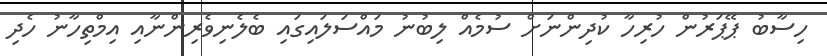
ހިސާބު ޕޭޕަރުން ހުރިހާ ކުދިންނަށް ސުމެއް ލިބުނު މައްސަލައިގައި ބެލެނިވެރިންނާއި އިމްތިހާނު ހެދި